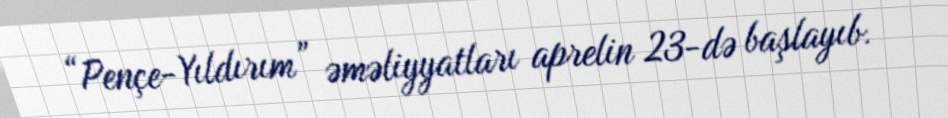
“Pençe-Yıldırım” əməliyyatları aprelin 23-də başlayıb.